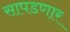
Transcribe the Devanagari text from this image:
सापडणार